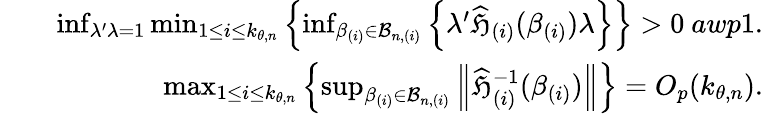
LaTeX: \begin{array}{rlr}&{}&{\operatorname*{inf}_{\lambda^{\prime}\lambda=1}\operatorname*{min}_{1\leq i\leq k_{\theta,n}}\left\{ \operatorname*{inf}_{\beta_{(i)}\in\mathcal{B}_{n,(i)}}\left\{ \lambda^{\prime}\widehat{\mathfrak{H}}_{(i)}(\beta_{(i)})\lambda\right\} \right\} >0\mathrm{~}awp1.}\\ &{}&{\operatorname*{max}_{1\leq i\leq k_{\theta,n}}\left\{ \operatorname*{sup}_{\beta_{(i)}\in\mathcal{B}_{n,(i)}}\left\Vert\widehat{\mathfrak{H}}_{(i)}^{-1}(\beta_{(i)})\right\Vert\right\} =O_{p}(k_{\theta,n}).}\end{array}